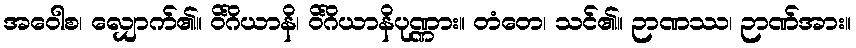
အဝေါစ၊ လျှောက်၏။ ဝိင်္ဂိယာနိ၊ ဝိင်္ဂိယာနိပုဏ္ဏား။ တံတေ၊ သင်၏။ ဉာဏဿ၊ ဉာဏ်အား။